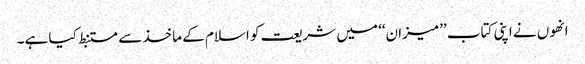
انھوں نے اپنی کتاب ’’میزان‘‘ میں شریعت کو اسلام کے ماخذ سے مستنبط کیا ہے۔